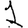
Digit: 1